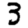
Digit: 3